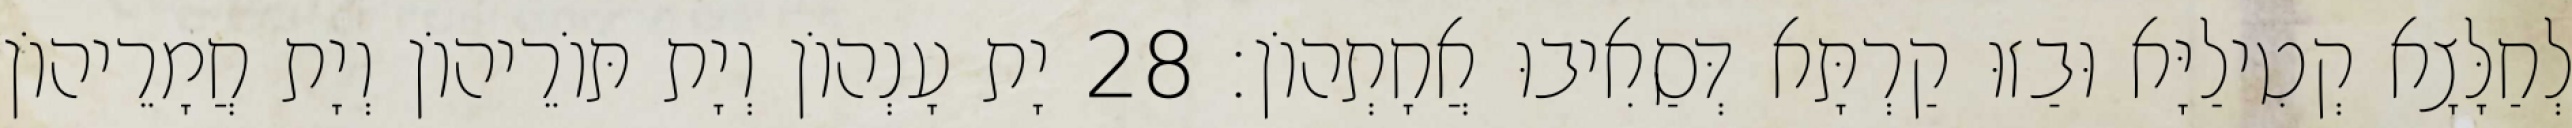
לְחַלָּצָא קְטִילַיָּא וּבַזוּ קַרְתָּא דְּסַאִיבוּ אֲחָתְהוֹן׃ 28 יָת עָנְהוֹן וְיָת תּוֹרֵיהוֹן וְיָת חֲמָרֵיהוֹן